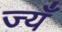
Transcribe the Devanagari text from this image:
ज्यँ